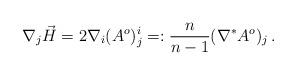
LaTeX: \begin{align*}\nabla_j\vec{H} = 2\nabla_i (A^o)^i_j =: \frac{n}{n-1}(\nabla^* A^o)_j\,.\end{align*}